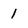
Character: 1